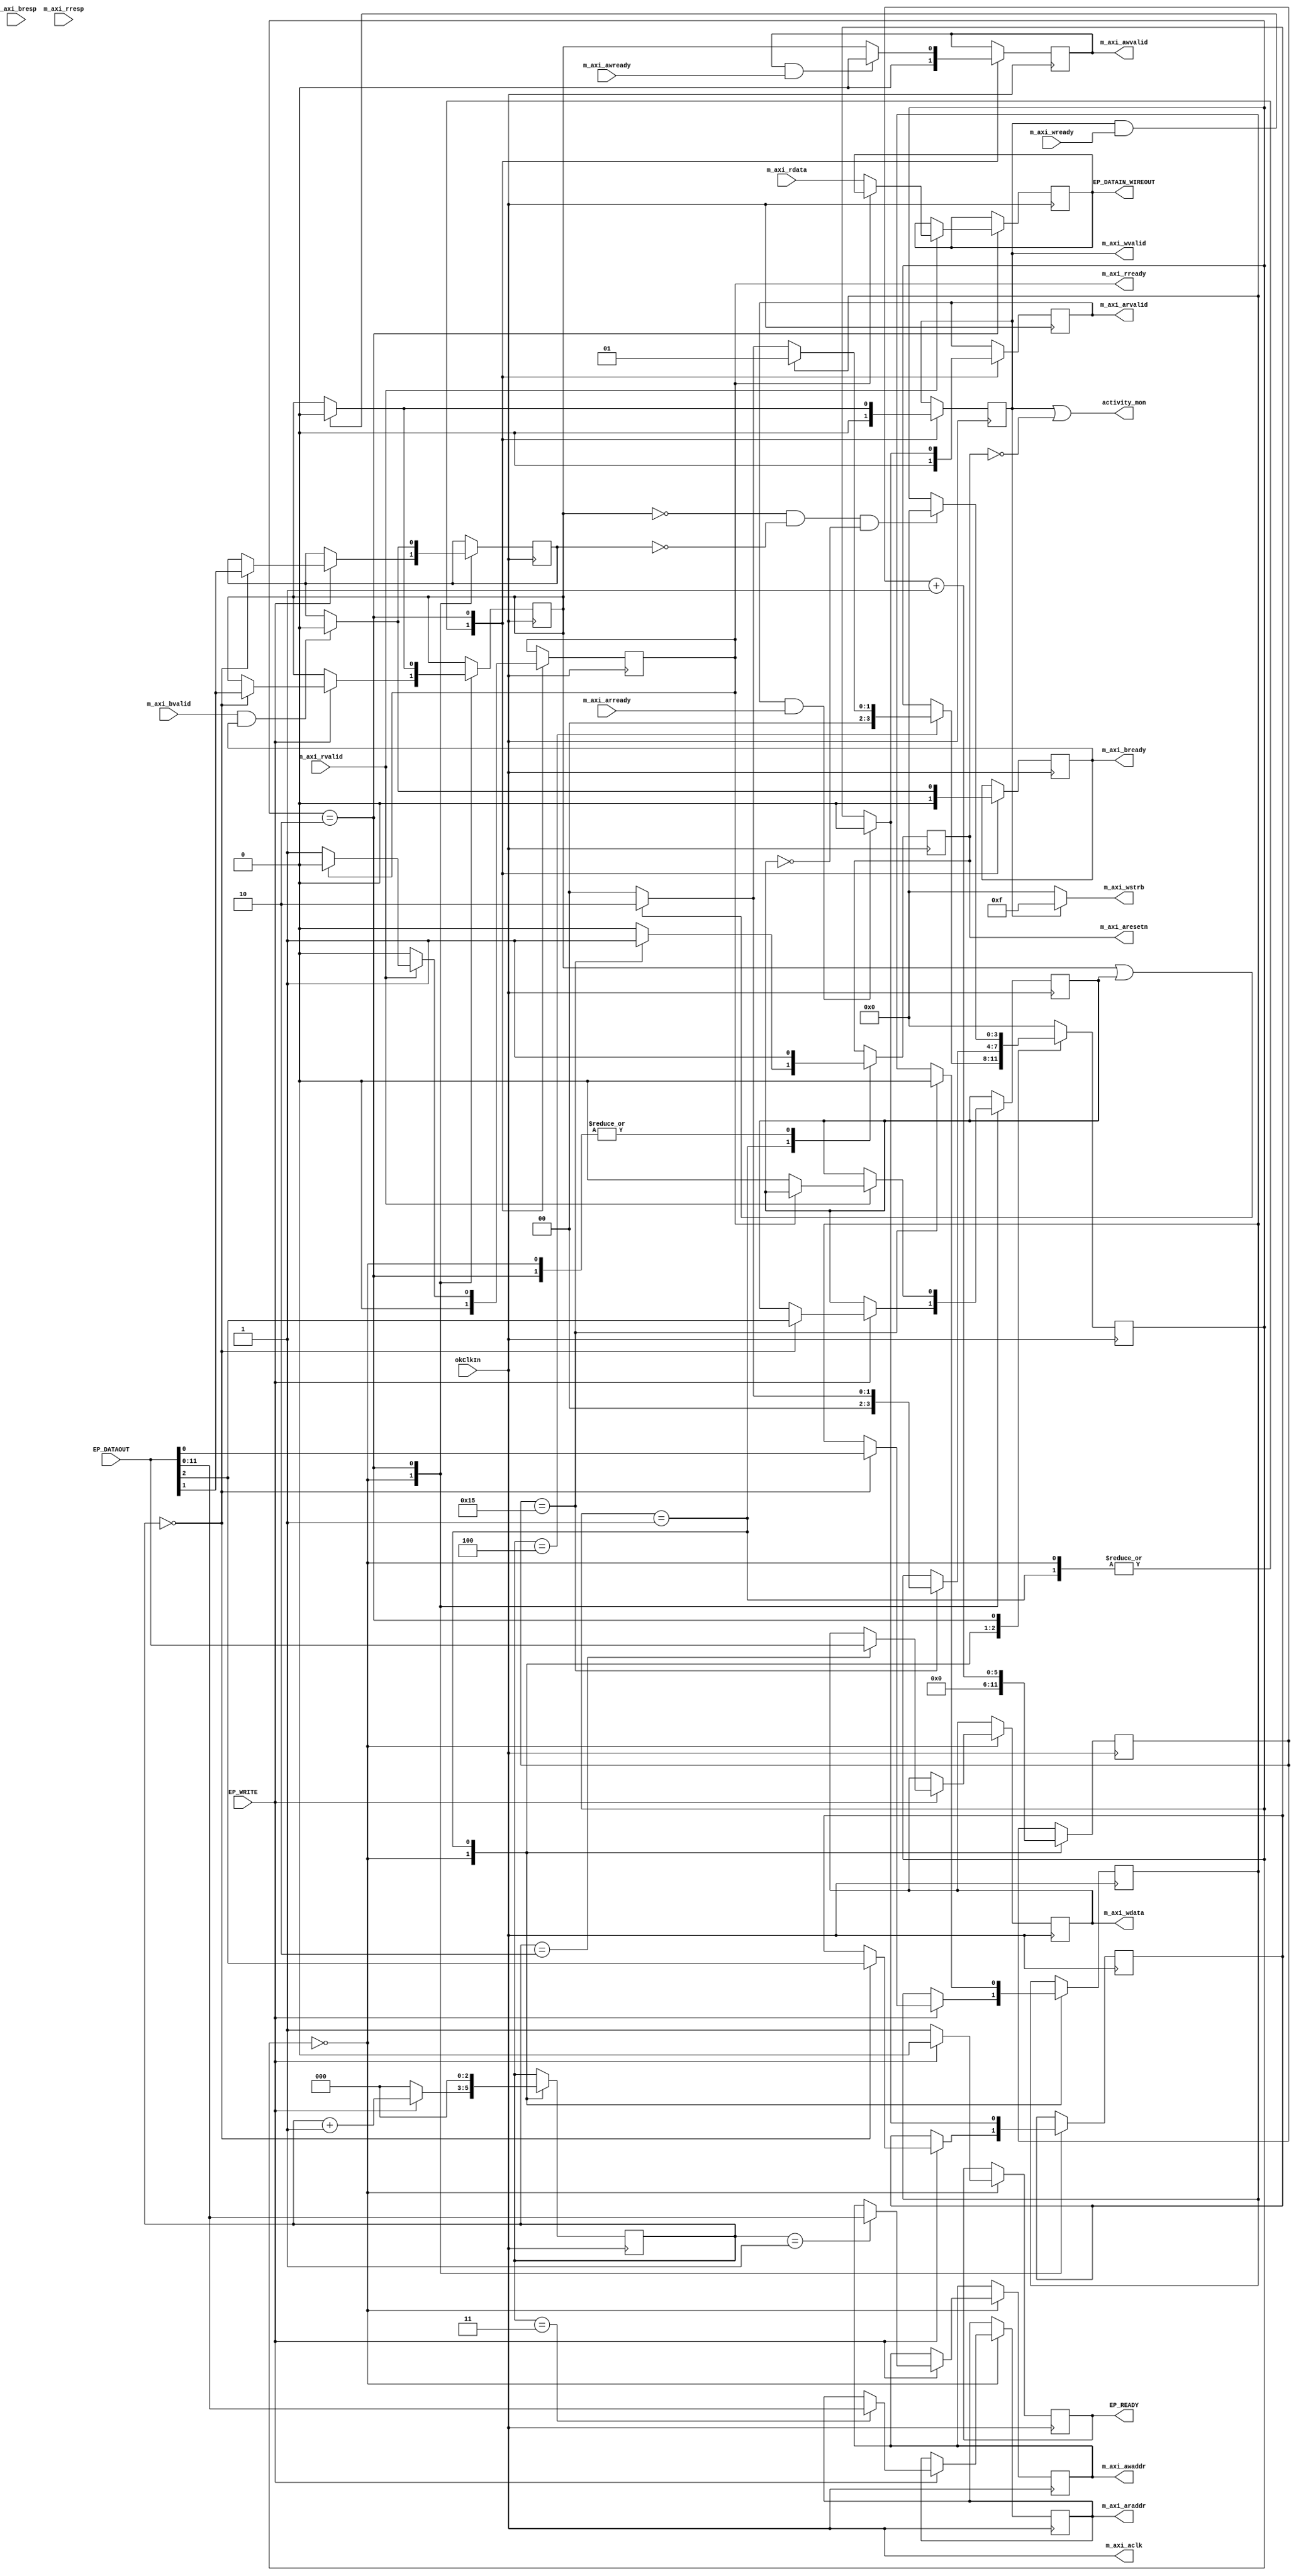
`timescale 1ns / 1ps
//////////////////////////////////////////////////////////////////////////////////
// Company: Columbia University
// 
// Design Name: 
// Module Name: okAXI4LiteInterface
// Project Name: 
// Target Devices: Opal Kelly FPGA Integration / Evaluation / Acceleration Modules
// Tool Versions: 
// Description: Bidirectional AXI4-Lite communication via Opal Kelly FrontPanel IP
// 
// Dependencies: Opal Kelly FrontPanel IP
// 
// Revision:
// Revision 0.01 - File Created
// Additional Comments:
// 
//////////////////////////////////////////////////////////////////////////////////


module okAXI4LiteInterface
# (
    parameter   ADDR_WIDTH                  = 12,
                //ARUSER_WIDTH                = 0,
                //AWUSER_WIDTH                = 0,
                //BUSER_WIDTH                 = 0,
                DATA_WIDTH                  = 32
                //FREQ_HZ                     = 100800000
                //HAS_BRESP                   = 0,
                //HAS_BURST                   = 0,
                //HAS_CACHE                   = 0,
                //HAS_LOCK                    = 0,
                //HAS_PROT                    = 0,
                //HAS_QOS                     = 0,
                //HAS_REGION                  = 0,
                //HAS_RRESP                   = 0,
                //HAS_WSTRB                   = 0,
                //ID_WIDTH                    = 0,
                //INSERT_VIP                  = 0,
                //MAX_BURST_LENGTH            = 1,
                //NUM_READ_OUTSTANDING        = 1,
                //NUM_READ_THREADS            = 1,
                //NUM_WRITE_OUTSTANDING       = 1,
                //NUM_WRITE_THREADS           = 1,
                //PHASE                       = 0.0,
                //PROTOCOL                    = "AXI4LITE",
                //READ_WRITE_MODE             = "READ_WRITE",
                //RUSER_BITS_PER_BYTE         = 0,
                //RUSER_WIDTH                 = 0,
                //SUPPORTS_NARROW_BURST       = 0,
                //WUSER_BITS_PER_BYTE         = 0,
                //WUSER_WIDTH                 = 0
) (

    (* X_INTERFACE_PARAMETER = "FREQ_HZ 100800000" *)
    input   wire                    okClkIn,
    
    ///////////////////////////////////////
    // OPAL KELLY FRONTPANEL
    // BTPIPEIN
    (* X_INTERFACE_INFO = "opalkelly.com:interface:btpipein:1.0 btpipein_DATA EP_DATAOUT" *)
    input   wire [31:0]             EP_DATAOUT,
    (* X_INTERFACE_INFO = "opalkelly.com:interface:btpipein:1.0 btpipein_DATA EP_READY" *)
    output  reg                     EP_READY,
    (* X_INTERFACE_INFO = "opalkelly.com:interface:btpipein:1.0 btpipein_DATA EP_WRITE" *)
    input   wire                    EP_WRITE,

    /*
    // BTPIPEOUT
    (* X_INTERFACE_INFO = "opalkelly.com:interface:btpipeout:1.0 btpipeout_READ EP_DATAIN" *)
    output  reg [31:0]              EP_DATAIN_DATAIN = 32'd0,
    (* X_INTERFACE_INFO = "opalkelly.com:interface:btpipeout:1.0 btpipeout_READ EP_READY" *)
    output  reg                     EP_READY_DATAIN = 1'b0,
    (* X_INTERFACE_INFO = "opalkelly.com:interface:btpipeout:1.0 btpipeout_READ EP_READ" *)
    input   wire                    EP_READ_DATAIN,
    */
    
    
    // WIREOUT
    (* X_INTERFACE_INFO = "opalkelly.com:interface:wireout:1.0 wireout_READDATA EP_DATAIN" *)
    output  reg [31:0]              EP_DATAIN_WIREOUT = 32'd0,
    
    
    // WIREOUT
    // @todo: remove this. BRESP stands for burst response. Commonly on AXI4-lite slaves this is tied to 0 (OKAY)
    // @todo: or not- it seems that the BRESP is used to indicate the status of the write transaction in the JESD204 example TB
    //(* X_INTERFACE_INFO = "opalkelly.com:interface:wireout:1.0 wireout_BRESP EP_DATAIN" *)
    //output  reg [1:0]               EP_BRESP_WIREOUT = 2'd0,
    
    
    
    ///////////////////////////////////////
    // AXI4LITE INTERFACE
    //(* X_INTERFACE_PARAMETER = "PHASE 0.0,MAX_BURST_LENGTH 1,NUM_WRITE_OUTSTANDING 1,NUM_READ_OUTSTANDING 1,SUPPORTS_NARROW_BURST 0,READ_WRITE_MODE READ_WRITE,BUSER_WIDTH 0,RUSER_WIDTH 0,WUSER_WIDTH 0,ARUSER_WIDTH 0,AWUSER_WIDTH 0,ADDR_WIDTH 32,ID_WIDTH 0,FREQ_HZ 100800000,PROTOCOL AXI4LITE,DATA_WIDTH 32,HAS_BURST 0,HAS_CACHE 0,HAS_LOCK 0,HAS_PROT 0,HAS_QOS 0,HAS_REGION 0,HAS_WSTRB 0,HAS_BRESP 0,HAS_RRESP 0" *)
    (* X_INTERFACE_PARAMETER = "FREQ_HZ 100800000" *)
    output  wire                    m_axi_aclk,
    output  reg                     m_axi_aresetn   = 1'b1,
    (* X_INTERFACE_INFO = "xilinx.com:interface:aximm:1.0 m_axi AWADDR" *)
    output  reg [ADDR_WIDTH-1:0]    m_axi_awaddr    = {ADDR_WIDTH{1'b0}},   // Write address 
    (* X_INTERFACE_INFO = "xilinx.com:interface:aximm:1.0 m_axi AWVALID" *)
    output  reg                     m_axi_awvalid   = 1'b0,                 // Write address valid
    (* X_INTERFACE_INFO = "xilinx.com:interface:aximm:1.0 m_axi AWREADY" *)
    input   wire                    m_axi_awready,                          // Write address ready
    (* X_INTERFACE_INFO = "xilinx.com:interface:aximm:1.0 m_axi WDATA" *)
    output  reg [DATA_WIDTH-1:0]    m_axi_wdata     = {DATA_WIDTH{1'b0}},   // Write data
    (* X_INTERFACE_INFO = "xilinx.com:interface:aximm:1.0 m_axi WSTRB" *)
    output  wire  [DATA_WIDTH/8-1:0] m_axi_wstrb,                           // Write strobes (optional) ------------ HARDCODED FIX SIZE
    (* X_INTERFACE_INFO = "xilinx.com:interface:aximm:1.0 m_axi WVALID" *)
    output  reg                     m_axi_wvalid    = 1'b0,                 // Write valid
    (* X_INTERFACE_INFO = "xilinx.com:interface:aximm:1.0 m_axi WREADY" *)
    input   wire                    m_axi_wready,                           // Write ready
    (* X_INTERFACE_INFO = "xilinx.com:interface:aximm:1.0 m_axi BRESP" *)
    input   wire [1:0]              m_axi_bresp,                            // Write response (optional) =--------- MAYBE HARDCODED? SIZE
    (* X_INTERFACE_INFO = "xilinx.com:interface:aximm:1.0 m_axi BVALID" *)
    input   wire                    m_axi_bvalid,                           // Write response valid (optional)=--------- MAYBE HARDCODED? SIZE
    (* X_INTERFACE_INFO = "xilinx.com:interface:aximm:1.0 m_axi BREADY" *)
    output  reg                     m_axi_bready    = 1'b0,                 // Write response ready (optional)=--------- MAYBE HARDCODED? SIZE
    (* X_INTERFACE_INFO = "xilinx.com:interface:aximm:1.0 m_axi ARADDR" *)
    output  reg [ADDR_WIDTH-1:0]    m_axi_araddr    = 1'b0,                 // Read address
    (* X_INTERFACE_INFO = "xilinx.com:interface:aximm:1.0 m_axi ARVALID" *)
    output  reg                     m_axi_arvalid   = 1'b0,                 // Read address valid
    (* X_INTERFACE_INFO = "xilinx.com:interface:aximm:1.0 m_axi ARREADY" *)
    input   wire                    m_axi_arready,                          // Read address ready
    (* X_INTERFACE_INFO = "xilinx.com:interface:aximm:1.0 m_axi RDATA" *)
    input   wire [DATA_WIDTH-1:0]   m_axi_rdata,                            // Read data
    (* X_INTERFACE_INFO = "xilinx.com:interface:aximm:1.0 m_axi RRESP" *)
    input   wire [1:0]              m_axi_rresp,                            // Read response (optional) =--------- MAYBE HARDCODED? SIZE
    (* X_INTERFACE_INFO = "xilinx.com:interface:aximm:1.0 m_axi RVALID" *)
    input   wire                    m_axi_rvalid,                           // Read valid
    (* X_INTERFACE_INFO = "xilinx.com:interface:aximm:1.0 m_axi RREADY" *)
    output  reg                     m_axi_rready    = 1'b0,                  // Read ready
    
    output  wire                    activity_mon
);

// when the read high is asserted, start counting up to 4
// the first 32 bits transferred are the first 4 bytes, which represents the write address
// the second 32 bits transferred are the write data,
// the third 32 bits transferred are the read address

assign      activity_mon    = m_axi_wvalid | ~m_axi_aresetn;
assign      m_axi_aclk      = okClkIn;

localparam  WORD_LENGTH     = 32;

localparam  STATE_IDLE = 0,
            STATE_RESET = 1,
            STATE_AXI_RXTX = 2;
            
localparam  MAX_RX_WORDS_FROM_OK = 4,
            CLOCK_CYCLES_AXI_RESET = 21; // AXI spec recommends a minimum of 16 axi clock cycles to reset. JESD204 example uses 20
            
reg [3:0] state = STATE_IDLE;
reg [3:0] next_state = STATE_IDLE;
reg     [$clog2(MAX_RX_WORDS_FROM_OK):0]      counter_rx_from_ok;
reg     [$clog2(CLOCK_CYCLES_AXI_RESET):0]    counter_resetting;

reg reset_flag          = 0,
    read_flag           = 0,
    write_flag          = 0,
    write_response_flag = 0,
    read_address_flag   = 0;
    //ok_reading_flag     = 0;

// make the wstrb 4 bits high when the wvalid signal is true
assign m_axi_wstrb = m_axi_wvalid ? {DATA_WIDTH{1'b1}} : {DATA_WIDTH{1'b0}};

localparam  reset_index = 0,
            write_index = 1,
            read_index  = 2;

// state transition logic
always @(*)
begin
    case (state)
        STATE_IDLE:
        begin
            if (counter_rx_from_ok == MAX_RX_WORDS_FROM_OK)
            begin
                if (reset_flag)
                    next_state = STATE_RESET;
                else if (write_flag | read_flag)
                    next_state = STATE_AXI_RXTX;
                else
                    next_state = STATE_IDLE;
            end
            else
                next_state = state;
        end
        
        STATE_RESET:
        begin
            if (counter_resetting == CLOCK_CYCLES_AXI_RESET)
            begin
                if (write_flag | read_flag)
                    next_state = STATE_AXI_RXTX;
                else
                    next_state = STATE_IDLE;
            end
            else
                next_state = state;
        end
        
        STATE_AXI_RXTX:
        begin
            if (~write_flag & ~write_response_flag & ~read_flag)
                next_state = STATE_IDLE;
            else
                next_state = state;
        end
        
        default:
        begin
            next_state = STATE_IDLE;
        end
        
    endcase
end

always @(posedge okClkIn)
begin
    // state flip-flop
    state <= next_state;
end

// output logic
always @(posedge okClkIn)
begin
    case (state)
        STATE_IDLE:
        begin
            if (~EP_WRITE)
            begin
                EP_READY <= 1'b1;
                counter_rx_from_ok <= 0;
            end
            else
            begin
                EP_READY <= 1'b0;
                counter_rx_from_ok  <= counter_rx_from_ok + 1;
            
                case (counter_rx_from_ok)
                    0:
                    begin
                       reset_flag          <= EP_DATAOUT[reset_index];
                       write_flag          <= EP_DATAOUT[write_index];
                       write_response_flag <= EP_DATAOUT[write_index];
                       read_flag           <= EP_DATAOUT[read_index];
                       read_address_flag   <= EP_DATAOUT[read_index];
                    end
                    
                    1: m_axi_awaddr        <= EP_DATAOUT[ADDR_WIDTH-1:0];
                    2: m_axi_wdata         <= EP_DATAOUT[DATA_WIDTH-1:0];
                    3: m_axi_araddr        <= EP_DATAOUT[ADDR_WIDTH-1:0];
                endcase
            end
            
            /*
            if (EP_READY_DATAIN & EP_READ_DATAIN)
                ok_reading_flag <= 1'b1;
                
            if (ok_reading_flag & ~EP_READ_DATAIN)
            begin
                ok_reading_flag <= 1'b0;
                EP_READY_DATAIN <= 1'b0;
                EP_DATAIN_DATAIN <= 32'd0;
            end
            */
            
            counter_resetting   <= 0;
            m_axi_aresetn       <= 1'b1;
            m_axi_awvalid       <= 1'b0;
            m_axi_wvalid        <= 1'b0;
            m_axi_arvalid       <= 1'b0;
            m_axi_rready        <= 1'b0;
            m_axi_bready        <= 1'b0;
            //m_axi_wstrb         <= 4'h0;
        end
        
        STATE_RESET:
        begin
            counter_resetting   <= counter_resetting + 1;
            
            if (counter_resetting == CLOCK_CYCLES_AXI_RESET)
            begin
                m_axi_aresetn   <= 1'b1;
                reset_flag      <= 1'b0;
            end
            else
                m_axi_aresetn   <= 1'b0;
            
            counter_rx_from_ok  <= 0;
            m_axi_awvalid       <= 1'b0;
            m_axi_wvalid        <= 1'b0;
            m_axi_arvalid       <= 1'b0;
            m_axi_rready        <= 1'b0;
            m_axi_bready        <= 1'b0;
            //m_axi_wstrb         <= 4'h0;
            
            //EP_READY_DATAIN     <= 1'b0;
            
            //EP_DATAIN_DATAIN    <= 32'd0;
            //EP_BRESP_WIREOUT    <= 32'd0;
        end
        
        STATE_AXI_RXTX:
        begin
            // handle write address flags
            if (m_axi_awvalid & m_axi_awready)
                m_axi_awvalid <= 1'b0;
            else
                m_axi_awvalid <= write_flag;
            
            // handle write flags
            if (m_axi_wvalid & m_axi_wready)
            begin
                m_axi_wvalid <= 1'b0;
                write_flag   <= 1'b0;
                //m_axi_wstrb  <= 4'h0;
            end
            else
            begin
                m_axi_wvalid <= write_flag;
                //m_axi_wstrb  <= write_flag ? 4'hf : 4'h0;
            end
            // handle write response flags
            if (m_axi_bvalid & m_axi_bready)
            begin
                m_axi_bready        <= 1'b0;
                write_response_flag <= 1'b0;
                //EP_BRESP_WIREOUT    <= m_axi_bresp;
            end
            else
                m_axi_bready <= write_response_flag;
            
            // handle read address flags
            if (m_axi_arvalid & m_axi_arready)
            begin
                m_axi_arvalid       <= 1'b0;
                read_address_flag   <= 1'b0;
            end
            else
                m_axi_arvalid <= read_address_flag;
            
            // handle read flags
            if (m_axi_rvalid)
            begin
                if (~m_axi_rready)
                begin
                    m_axi_rready        <= 1'b1;
                    
                    //EP_DATAIN_DATAIN    <= m_axi_rdata;
                    //EP_READY_DATAIN     <= 1'b1;
                    EP_DATAIN_WIREOUT   <= m_axi_rdata;
                    
                    read_flag           <= 1'b0;
                end
                else
                begin 
                    m_axi_rready <= 1'b0;
                end
            end
            else
                m_axi_rready <= 1'b0;
                
                
            m_axi_aresetn <= 1'b1;
        end
    endcase
end
    
endmodule